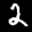
Label: 2